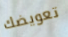
تعويضك